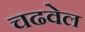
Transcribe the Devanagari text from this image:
चढवेल